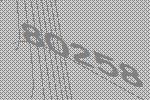
80258